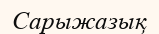
Сарыжазық